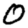
Digit: 0